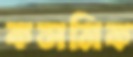
কসমিক